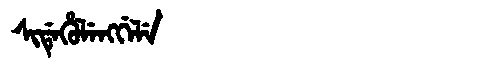
Manchu: ᠰᡳᡩᡝᡥᡠᠯᡝᠩᡤᡝᠯᡝ
Romanization: SIDEHULENGGELE